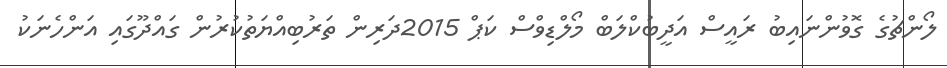
ލޯންޗުގެ ގޮވުންނައިބު ރައީސް އަދީބުކްލަބް މޯލްޑިވްސް ކަޕް 2015ދަރިން ތަރުބިއްޔަތުކުރުން ގައްދޫގައި އަންހެނަކު